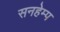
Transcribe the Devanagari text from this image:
सनहेम्प